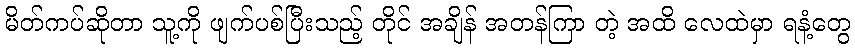
မိတ်ကပ်ဆိုတာ သူ့ကို ဖျက်ပစ်ပြီးသည့် တိုင် အချိန် အတန်ကြာ တဲ့ အထိ လေထဲမှာ ရနံ့တွေ